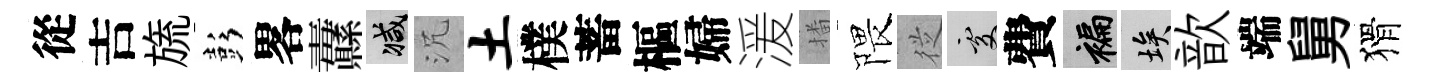
從吉旒彭畧纛减沉土樸蓄樞婦湲播隈従處費褊埃歆端舅猾